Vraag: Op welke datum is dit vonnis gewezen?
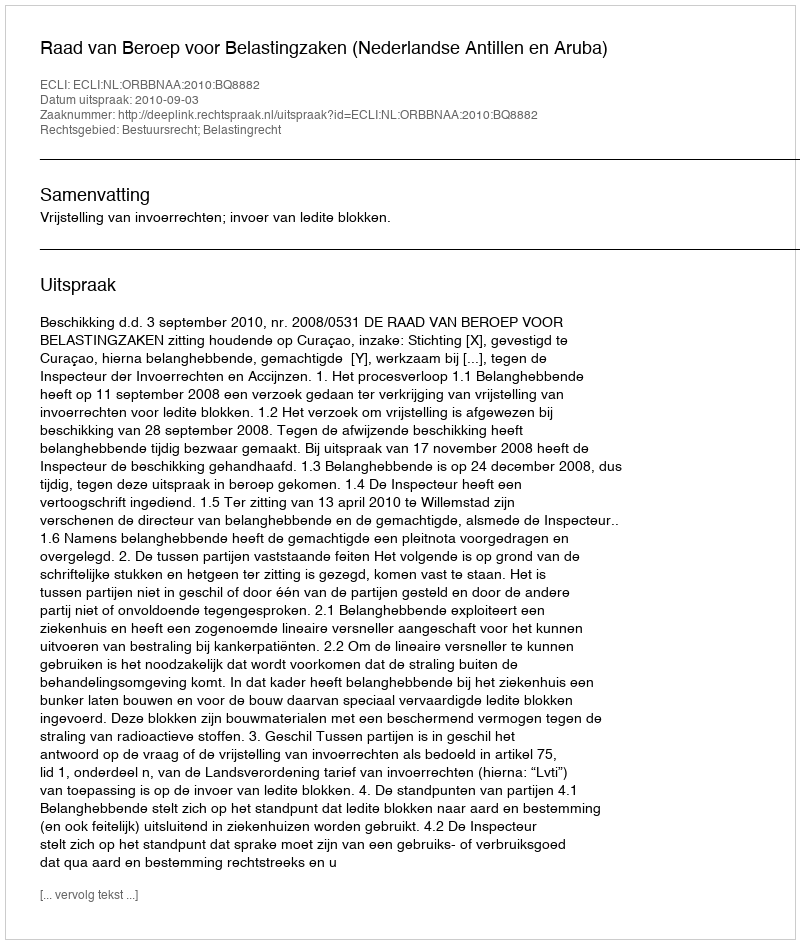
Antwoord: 2010-09-03